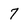
Character: 7